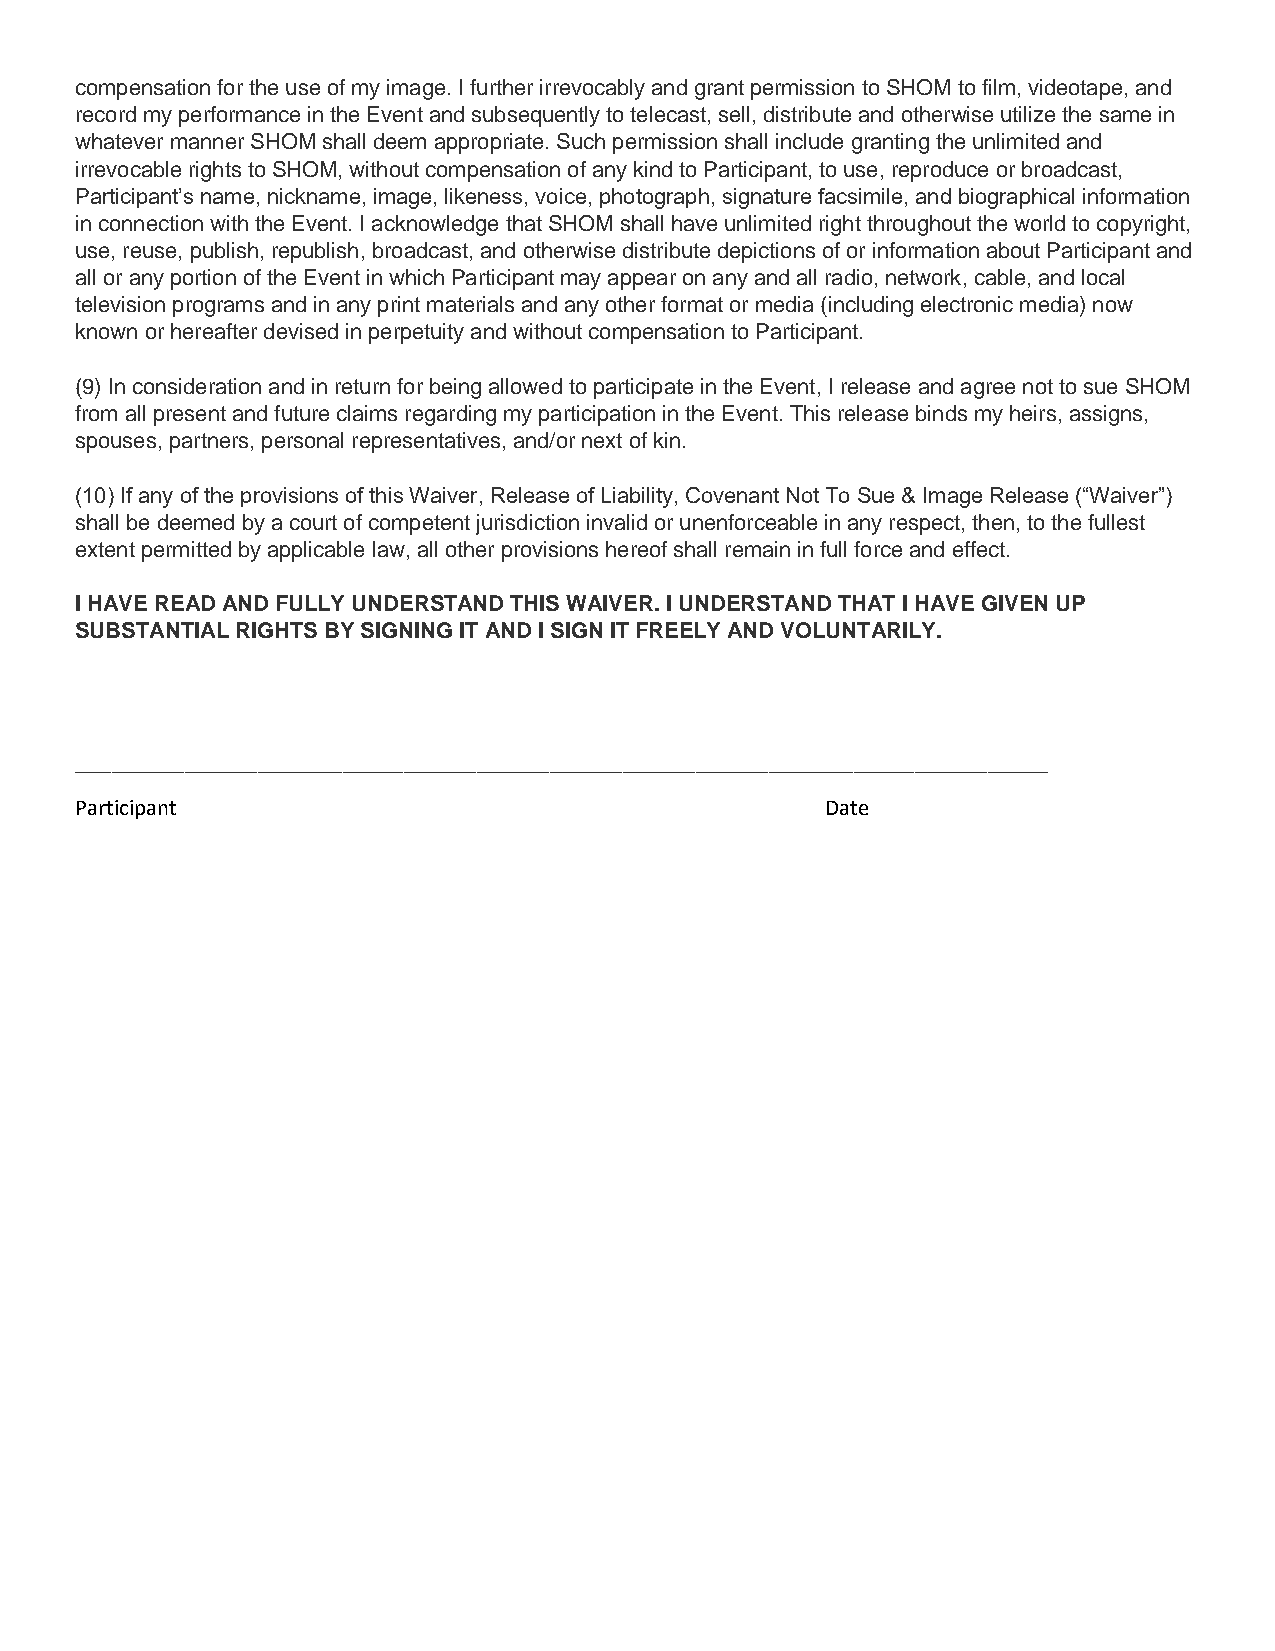
compensation for the use of my image. I further irrevocably and grant permission to SHOM to film, videotape, and
 record my performance in the Event and subsequently to telecast, sell, distribute and otherwise utilize the same in
 whatever manner SHOM shall deem appropriate. Such permission shall include granting the unlimited and
 irrevocable rights to SHOM, without compensation of any kind to Participant, to use, reproduce or broadcast,
 Participant’s name, nickname, image, likeness, voice, photograph, signature facsimile, and biographical information
 in connection with the Event. I acknowledge that SHOM shall have unlimited right throughout the world to copyright,
 use, reuse, publish, republish, broadcast, and otherwise distribute depictions of or information about Participant and
 all or any portion of the Event in which Participant may appear on any and all radio, network, cable, and local
 television programs and in any print materials and any other format or media (including electronic media) now
 known or hereafter devised in perpetuity and without compensation to Participant.
 (9) In consideration and in return for being allowed to participate in the Event, I release and agree not to sue SHOM
 from all present and future claims regarding my participation in the Event. This release binds my heirs, assigns,
 spouses, partners, personal representatives, and/or next of kin.
 (10) If any of the provisions of this Waiver, Release of Liability, Covenant Not To Sue & Image Release (“Waiver”)
 shall be deemed by a court of competent jurisdiction invalid or unenforceable in any respect, then, to the fullest
 extent permitted by applicable law, all other provisions hereof shall remain in full force and effect.
 I HAVE READ AND FULLY UNDERSTAND THIS WAIVER. I UNDERSTAND THAT I HAVE GIVEN UP
 SUBSTANTIAL RIGHTS BY SIGNING IT AND I SIGN IT FREELY AND VOLUNTARILY.
 ________________________________________________________________________________
 Participant                                       Date